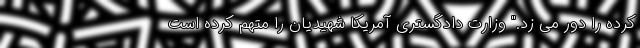
کرده را دور می زد." وزارت دادگستری آمریکا شهیدیان را متهم کرده است